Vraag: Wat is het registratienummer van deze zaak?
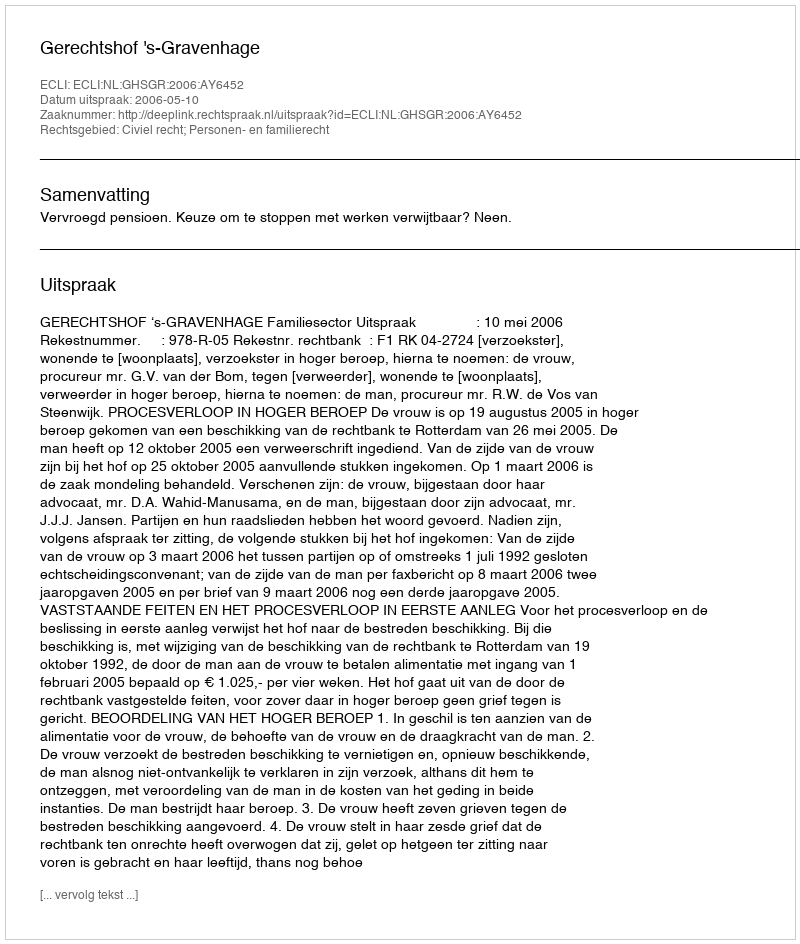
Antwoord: http://deeplink.rechtspraak.nl/uitspraak?id=ECLI:NL:GHSGR:2006:AY6452